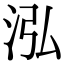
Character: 泓